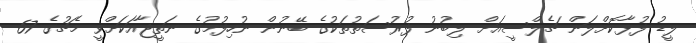
ލީޑު ފުޅާކޮށްލަން ޗެލްސީއަށް ލިބުނު ފުރުސަތުތަކުގެ ބޭނުން ނުހިފުމުގެ ނަތީޖާއަކަށްވީ މެޗުގެ 67